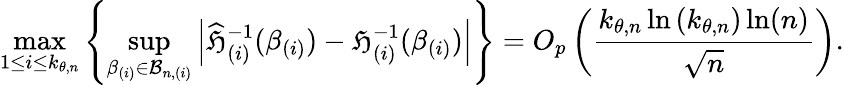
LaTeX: \operatorname*{max}_{1\leq i\leq k_{\theta,n}}\left\{ \operatorname*{sup}_{\beta_{(i)}\in\mathcal{B}_{n,(i)}}\left\vert\widehat{\mathfrak{H}}_{(i)}^{-1}(\beta_{(i)})-\mathfrak{H}_{(i)}^{-1}(\beta_{(i)})\right\vert\right\} =O_{p}\left(\frac{k_{\theta,n}\ln\left(k_{\theta,n}\right)\ln(n)}{\sqrt{n}}\right).